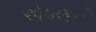
ઍપલની